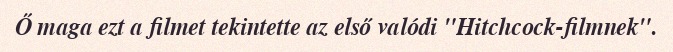
Ő maga ezt a filmet tekintette az első valódi "Hitchcock-filmnek".